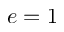
e = 1